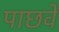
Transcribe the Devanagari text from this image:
पाछवे